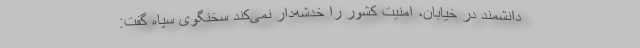
دانشمند در خیابان، امنیت کشور را خدشه‌دار نمی‌کند سخنگوی سپاه گفت: